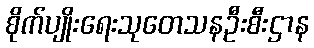
စိုက်ပျိုးရေးသုတေသနဦးစီးဌာန